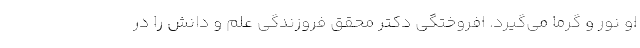
او نور و گرما می‌گیرد. افروختگی دکتر محقق فروزندگی علم و دانش را در